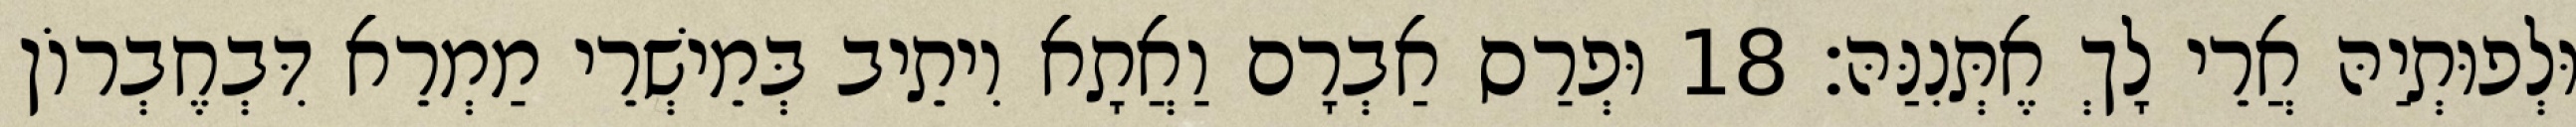
וּלְפוּתְיַהּ אֲרֵי לָךְ אֶתְּנִנַּהּ׃ 18 וּפְרַס אַבְרָם וַאֲתָא וִיתֵיב בְּמֵישְׁרֵי מַמְרֵא דִּבְחֶבְרוֹן